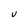
Character: U